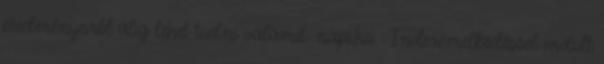
eredményeiről alig lehet tudni valamit. napi.hu :: Indexemelkedéssel indult